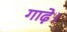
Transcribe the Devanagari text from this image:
गाढ़े।